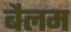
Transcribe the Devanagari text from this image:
बैलम